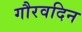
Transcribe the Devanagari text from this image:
गौरवदिन